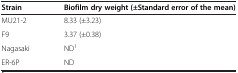
<table><thead><tr><td><b>Strain</b></td><td><b>Biofilm dry weight (±Standard error of the mean)</b></td></tr></thead><tbody><tr><td>MU21-2</td><td>8.33 (±3.23)</td></tr><tr><td>F9</td><td>3.37 (±0.38)</td></tr><tr><td>Nagasaki</td><td>ND<sup>1</sup></td></tr><tr><td>ER-6P</td><td>ND</td></tr></tbody></table>